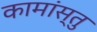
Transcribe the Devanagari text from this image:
कामांस्तु